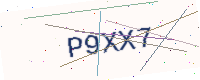
Text: P9XX7